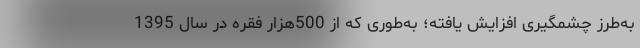
به‌طرز چشمگیری افزایش یافته؛ به‌طوری که از 500هزار فقره در سال 1395